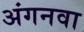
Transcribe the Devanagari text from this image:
अंगनवा